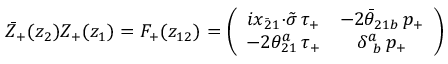
\bar { Z } _ { + } ( z _ { 2 } ) Z _ { + } ( z _ { 1 } ) = F _ { + } ( z _ { 1 2 } ) = \left( \begin{array} { c c } { { i x _ { \bar { 2 } 1 } { \cdot \tilde { \sigma } } \, \tau _ { + } } } & { { - 2 \bar { \theta } _ { 2 1 b } \, p _ { + } } } \\ { { - 2 \theta _ { 2 1 } ^ { a } \, \tau _ { + } } } & { { \delta _ { ~ b } ^ { a } \, p _ { + } } } \end{array} \right)